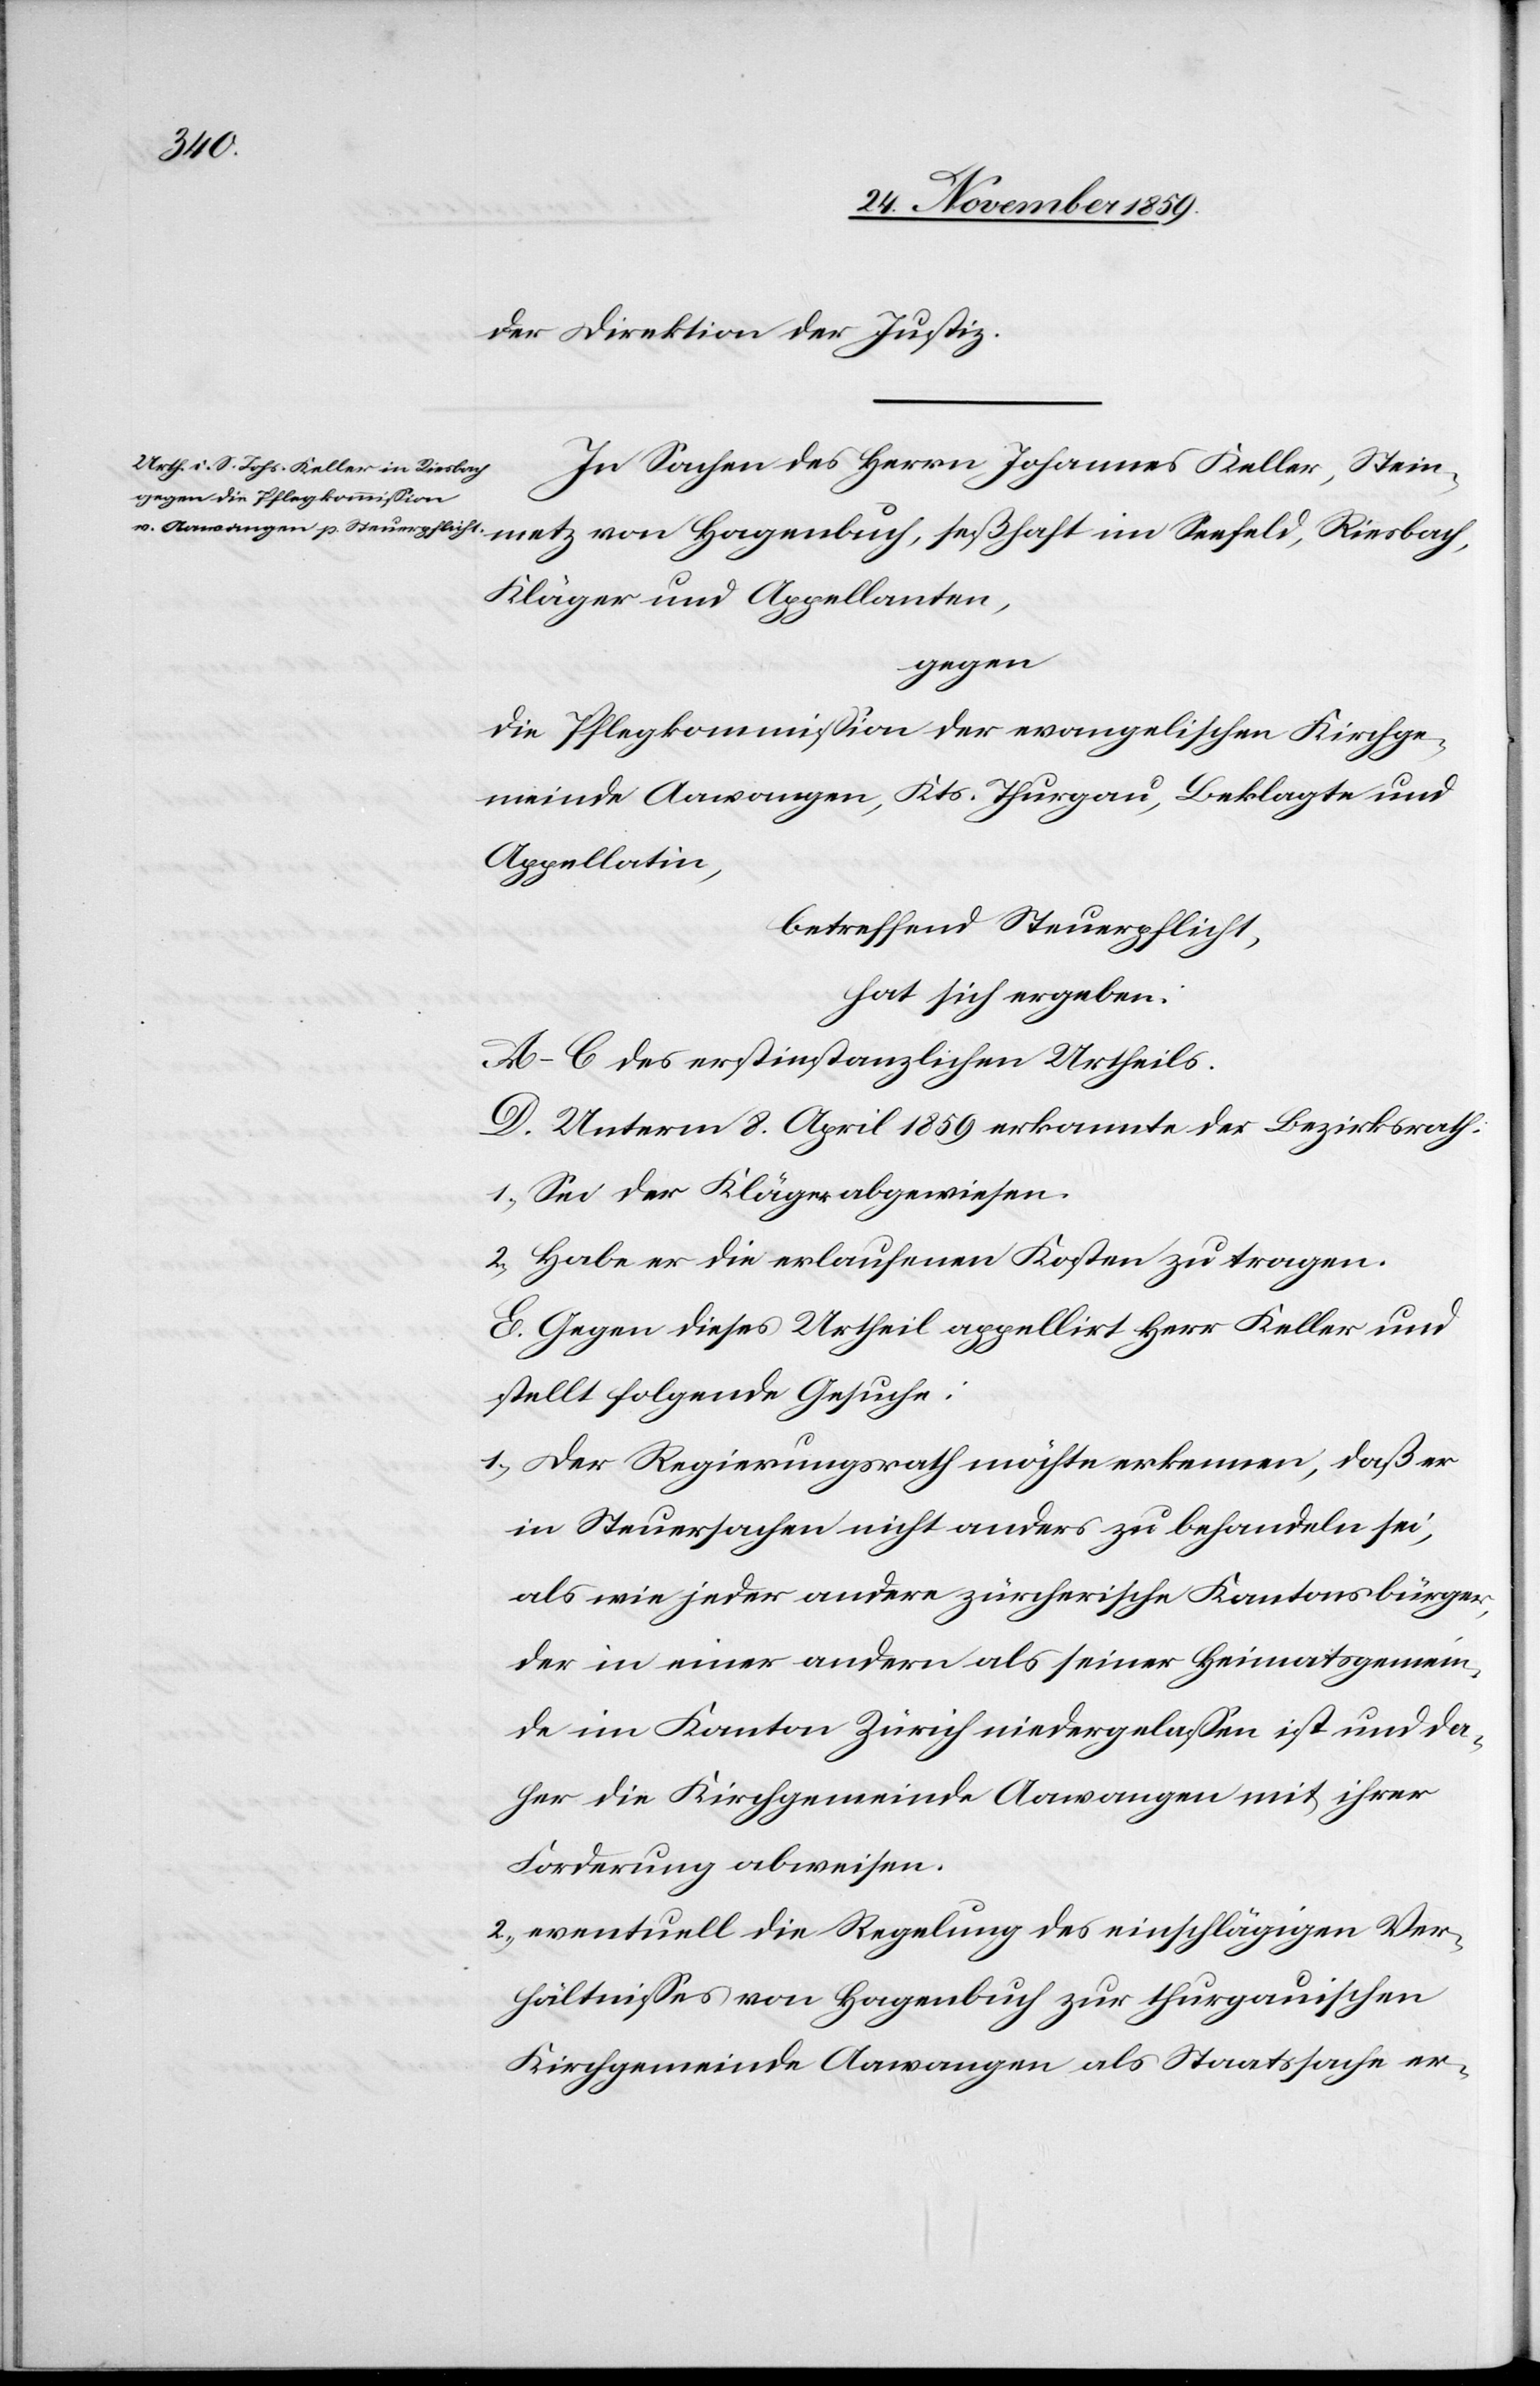
der Direktion der Justiz.
In Sachen des Herrn Johannes Keller, Stein¬
metz von Hagenbuch, seßhaft im Seefeld Riesbach,
Kläger und Appelanten,
gegen
die Pflegkommission der evangelischen Kirchge¬
meinde Aawangen, Kts. Thurgau, Beklagte und
Appellatin,
betreffend Steuerpflicht,
hat sich ergeben:
A–C des erstinstanzlichen Urtheils.
D. Unterm 8. April 1859 erkannte der Bezirksrath:
1) Sei der Kläger abgewiesen.
2) Habe er die erlaufenen Kosten zu tragen.
E. Gegen dieses Urtheil appellirt Herr Keller und
stellt folgende Gesuche:
1) Der Regierungsrath möchte erkennen, daß er
in Steuersachen nicht anders zu behandeln sei,
als wie jeder andere zürcherische Kantonsbürger,
der in einer andern als seiner Heimatsgemein¬
de im Kanton Zürich niedergelassen ist und da¬
her die Kirchgemeinde Aawangen mit ihrer
Forderung abweisen.
2) eventuell die Regelung des einschlägigen Ver¬
hältnisses von Hagenbuch zur thurgauischen
Kirchgemeinde Aawangen als Staatssache er-